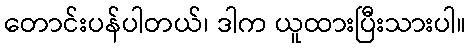
တောင်းပန်ပါတယ်၊ ဒါက ယူထားပြီးသားပါ။